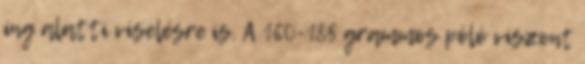
ing alatti viselésre is. A 160-185 grammos póló viszont